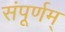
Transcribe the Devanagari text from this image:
संपूर्णम्‌